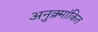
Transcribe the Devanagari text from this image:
अनुक्र्मांकित